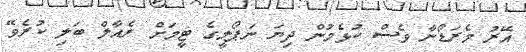
އޭރު މެރަޑޯނާ ވެސް ކުޅެމުން ދިޔަ ނަޕޯލީގެ ޓީމަށް ރެއާލް ބަލި ކުރެވޭ